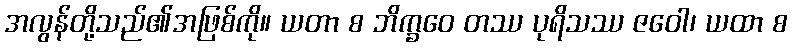
အလွန်တို့သည်၏အဖြစ်ကို။ ယတာ စ ဘိက္ခဝေ တဿ ပုရိသဿ ဇဝေါ၊ ယထာ စ